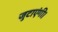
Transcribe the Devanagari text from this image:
जुटाएंगी।